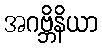
အဂဗ္ဘိနိယာ